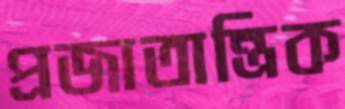
প্রজাতান্ত্রিক